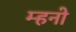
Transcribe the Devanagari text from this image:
म्हनो